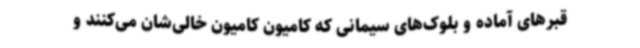
قبرهای آماده و بلوک‌های سیمانی که کامیون کامیون خالی‌شان می‌کنند و